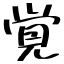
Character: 覚